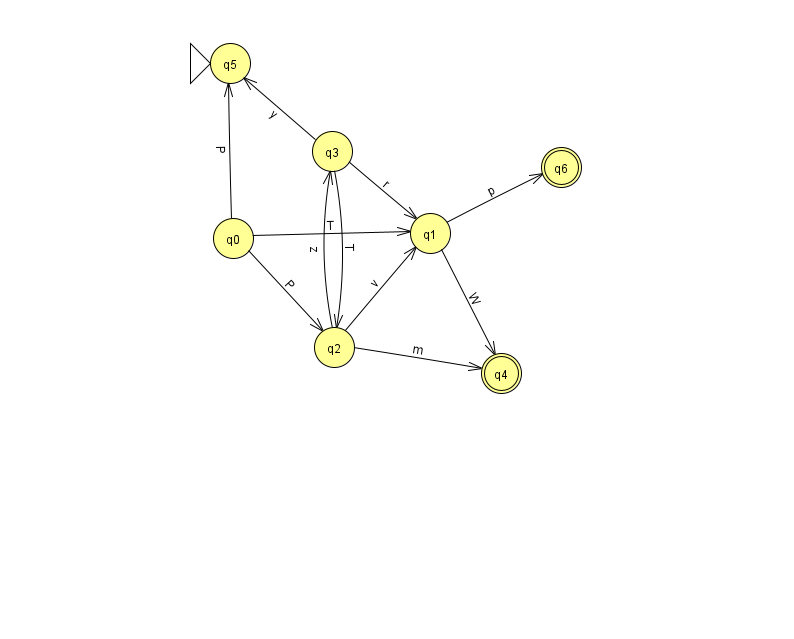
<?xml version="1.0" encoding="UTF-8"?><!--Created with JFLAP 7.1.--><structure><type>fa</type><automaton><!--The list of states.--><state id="0" name="q0"><x>233.0</x><y>225.0</y></state><state id="1" name="q1"><x>430.0</x><y>220.0</y></state><state id="2" name="q2"><x>334.0</x><y>334.0</y></state><state id="3" name="q3"><x>332.0</x><y>138.0</y></state><state id="4" name="q4"><x>501.0</x><y>360.0</y><final/></state><state id="5" name="q5"><x>230.0</x><y>50.0</y><initial/></state><state id="6" name="q6"><x>561.0</x><y>154.0</y><final/></state><!--The list of transitions.--><transition><from>0</from><to>2</to><read>P</read></transition><transition><from>2</from><to>4</to><read>m</read></transition><transition><from>1</from><to>6</to><read>p</read></transition><transition><from>1</from><to>4</to><read>W</read></transition><transition><from>3</from><to>2</to><read>T</read></transition><transition><from>3</from><to>5</to><read>y</read></transition><transition><from>2</from><to>1</to><read>v</read></transition><transition><from>2</from><to>3</to><read>z</read></transition><transition><from>0</from><to>1</to><read>T</read></transition><transition><from>0</from><to>5</to><read>P</read></transition><transition><from>3</from><to>1</to><read>r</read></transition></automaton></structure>